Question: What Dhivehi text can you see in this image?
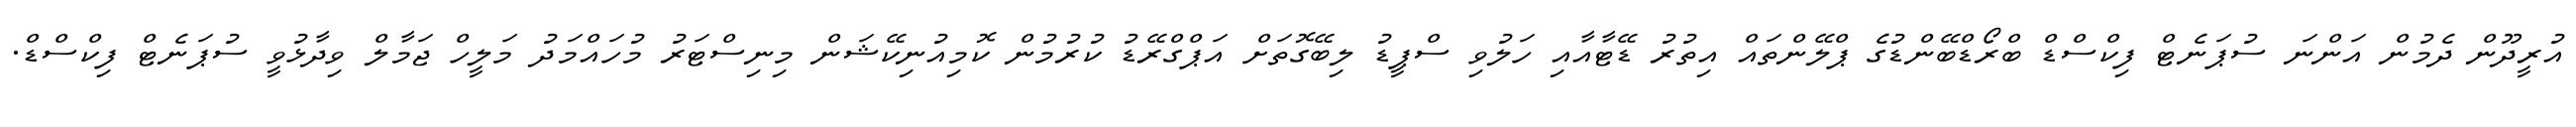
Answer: އުރީދޫން ދެމުން އަންނަ ސުޕަނެޓް ފިކްސްޑް ބްރޯޑްބޭންޑުގެ ޕްލޭންތައް އިތުރު ޑޭޓާއާއި ހަލުވި ސްޕީޑު ލިބޭގޮތަށް އަޕްގްރޭޑު ކުރުމުން ކޮމިއުނިކޭޝަން މިނިސްޓަރު މުހައްމަދު މަލީހް ޖަމާލް ވިދާޅުވީ ސުޕަނެޓް ފިކްސްޑް.